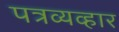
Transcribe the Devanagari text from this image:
पत्रव्यव्हार